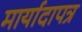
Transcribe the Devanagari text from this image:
मार्यादापत्र